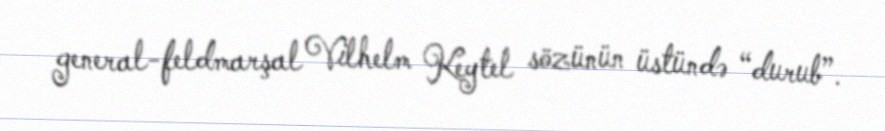
general-feldmarşal Vilhelm Keytel sözünün üstündə “durub”.